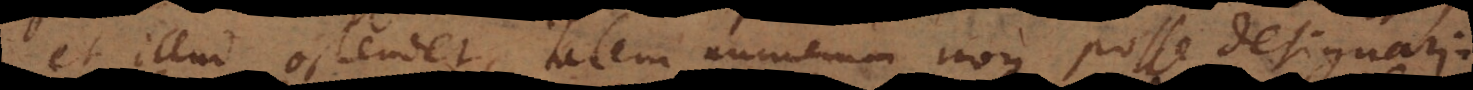
et illud ostendet, talem numerum non posse